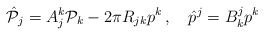
\begin{align*}\hat {\cal P}_{j} = A_{j}^{k}{\cal P}_{k} - 2\pi R_{jk}p^{k}\, , \quad \hat p^{j} = B^{j}_{k}p^{k}\end{align*}